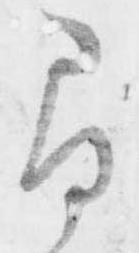
尋